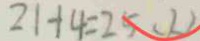
2 1 + 4 = 2 5 ( L )